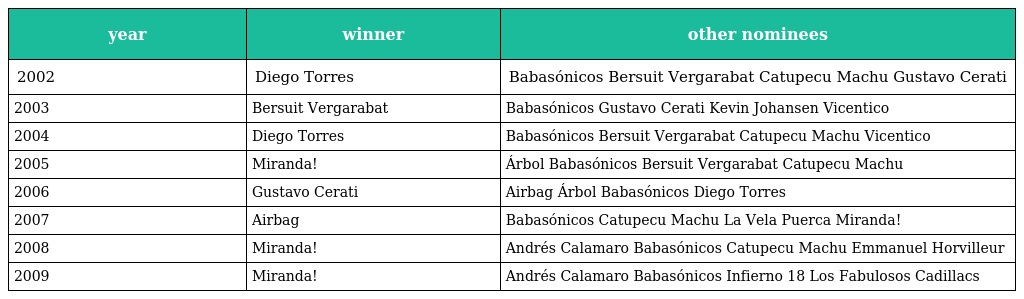
| year | winner | other nominees |
 | --- | --- | --- |
 | 2002 | Diego Torres | Babasónicos Bersuit Vergarabat Catupecu Machu Gustavo Cerati |
 | 2003 | Bersuit Vergarabat | Babasónicos Gustavo Cerati Kevin Johansen Vicentico |
 | 2004 | Diego Torres | Babasónicos Bersuit Vergarabat Catupecu Machu Vicentico |
 | 2005 | Miranda! | Árbol Babasónicos Bersuit Vergarabat Catupecu Machu |
 | 2006 | Gustavo Cerati | Airbag Árbol Babasónicos Diego Torres |
 | 2007 | Airbag | Babasónicos Catupecu Machu La Vela Puerca Miranda! |
 | 2008 | Miranda! | Andrés Calamaro Babasónicos Catupecu Machu Emmanuel Horvilleur |
 | 2009 | Miranda! | Andrés Calamaro Babasónicos Infierno 18 Los Fabulosos Cadillacs |